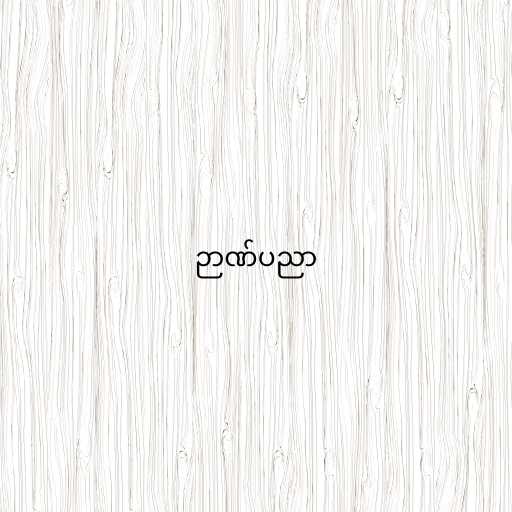
ဉာဏ်ပညာ